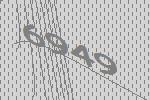
6949